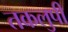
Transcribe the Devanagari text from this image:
तकलुपी